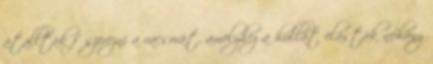
átallták fűszerezni a vacsorát, amelyhez a hullát elásták néhány